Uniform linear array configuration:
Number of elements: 16
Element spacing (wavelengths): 1
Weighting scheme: hann
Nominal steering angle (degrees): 0
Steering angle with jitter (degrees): -1.377
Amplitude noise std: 0.05
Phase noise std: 0.05

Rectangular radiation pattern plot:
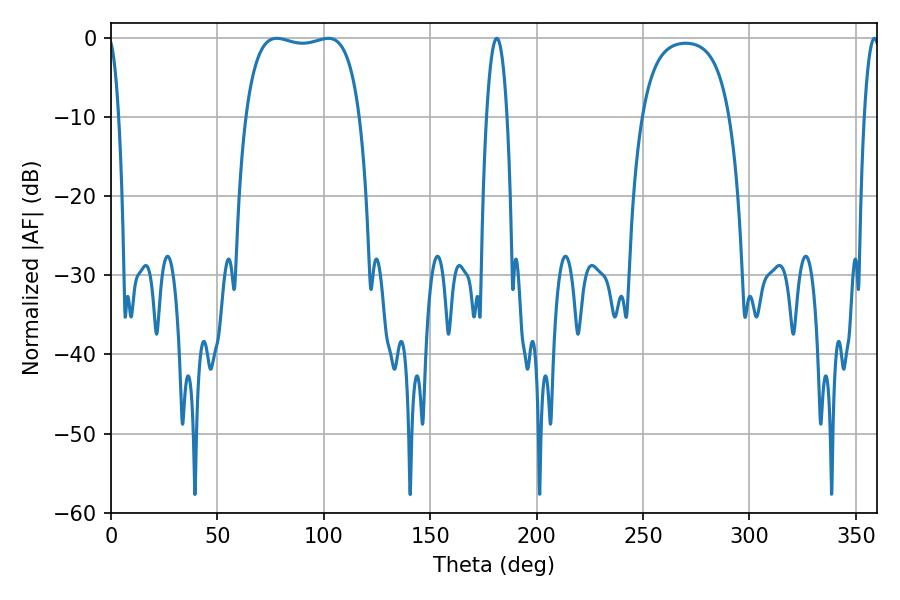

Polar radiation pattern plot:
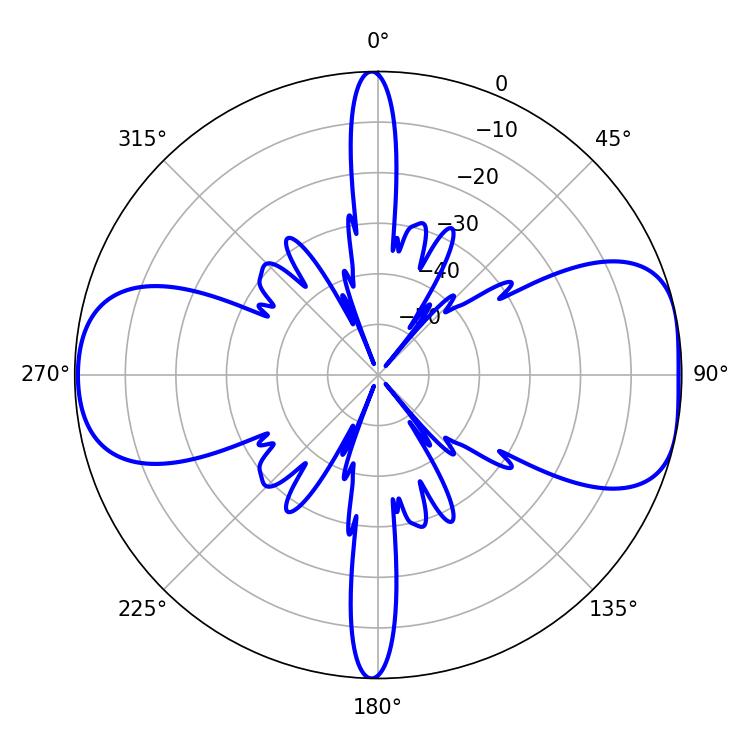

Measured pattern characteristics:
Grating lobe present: TRUE
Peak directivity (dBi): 8.499
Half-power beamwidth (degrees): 43.2
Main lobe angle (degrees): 77.94